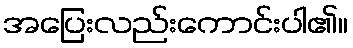
အပြေးလည်းကောင်းပါ၏။